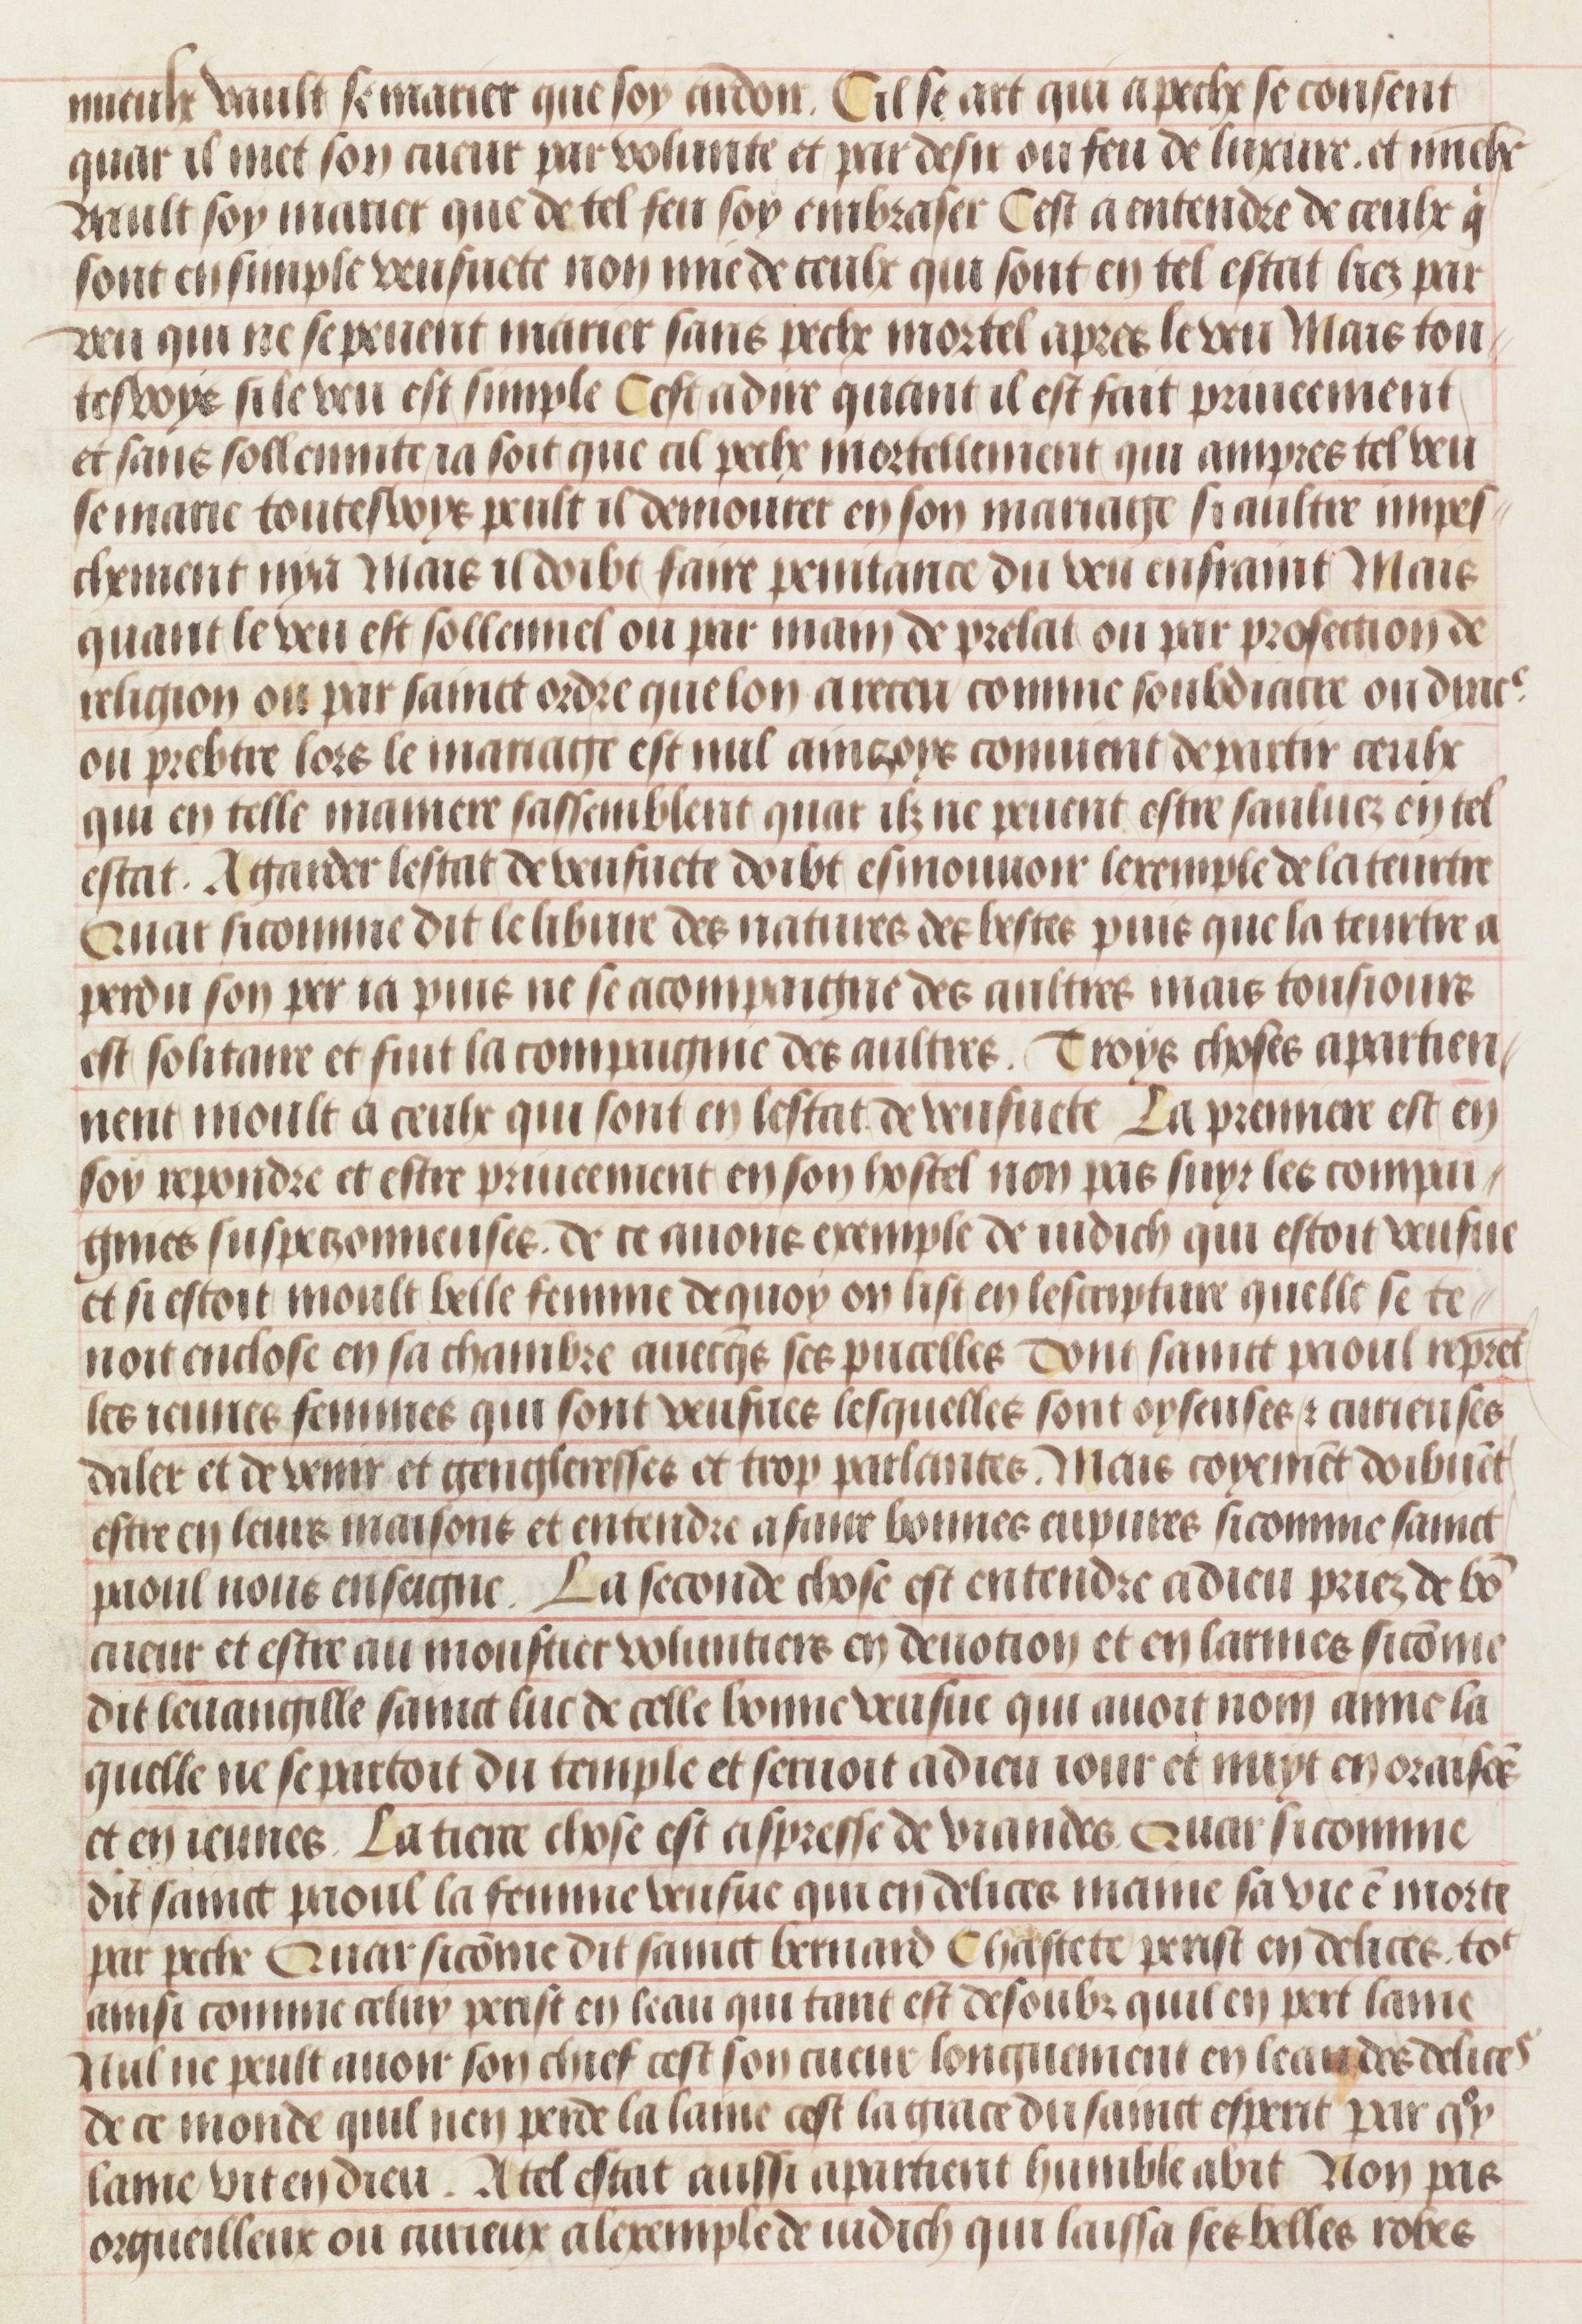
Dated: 1450–1475